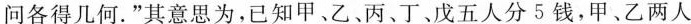
间各得几何。”其意思为，已知甲、乙、丙、丁、戊五人分5钱，甲、乙两人